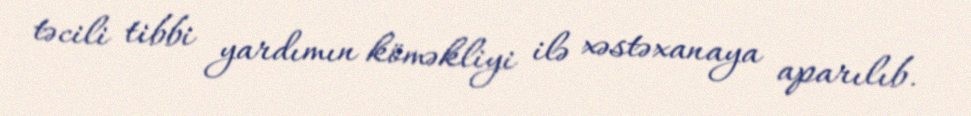
təcili tibbi yardımın köməkliyi ilə xəstəxanaya aparılıb.